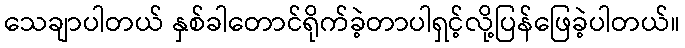
သေချာပါတယ် နှစ်ခါတောင်ရိုက်ခဲ့တာပါရှင့်လို့ပြန်ဖြေခဲ့ပါတယ်။